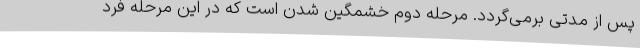
پس از مدتی برمی‌گردد. مرحله دوم خشمگین شدن است که در این مرحله فرد